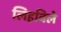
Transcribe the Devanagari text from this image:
लिहविले